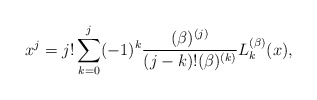
\begin{align*}x^{j}\allowbreak =\allowbreak j!\sum_{k=0}^{j}(-1)^{k}\frac{(\beta )^{(j)}}{(j-k)!(\beta )^{(k)}}L_{k}^{(\beta )}(x), \end{align*}